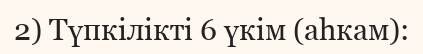
2) Түпкілікті 6 үкім (аһкам):